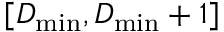
[ D _ { \mathrm { m i n } } , D _ { \mathrm { m i n } } + 1 ]